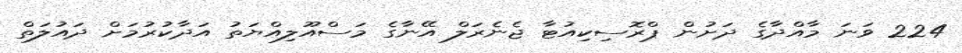
224 ވަނަ މާއްދާގެ ދަށުން ޕްރޮސިކިއުޓާ ޖެނެރަލް އޭނާގެ މަސްއޫލިއްޔަތު އަދާކުރުމަށް ދައުލަތް